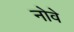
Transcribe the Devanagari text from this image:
नोवे